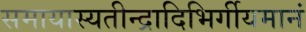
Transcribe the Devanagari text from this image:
समायास्यतीन्द्रादिभिर्गीयमानं